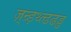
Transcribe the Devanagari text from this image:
ज़्न्र्ड़थ्त्ढढड्ढ